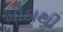
મીઠાથી